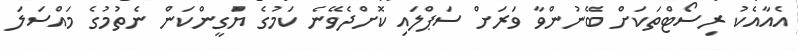
އެއާއެކު ރިސޯޓްތަކަށް ބޭނުންވާ ވަރަށް ސަޕްލައި ކޮށްދެވޭނެ ކަމުގެ ޔަގީންކަން ނެތުމުގެ މައްސަލަ